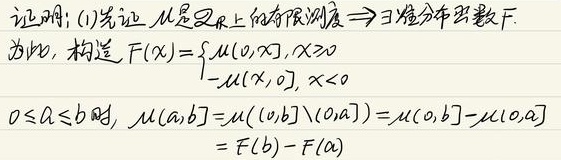
证明：(1)先证 $\mu$ 是 $\mathbb{R}$ 上的有限测度 $\Rightarrow \exists$ 准分布函数 $F$。为此，构造
\[F(x)=\begin{cases}\mu((0,x]), & x \geq 0 \\-\mu((x,0]), & x < 0\end{cases}\]
当 $0 \leq a \leq b$ 时，
\[\mu((a,b])=\mu((0,b] \setminus (0,a])=\mu((0,b])-\mu((0,a])=F(b)-F(a)\]